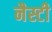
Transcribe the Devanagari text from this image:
नैस्टी